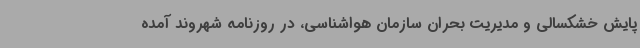
پایش خشکسالی و مدیریت بحران سازمان هواشناسی، در روزنامه شهروند آمده